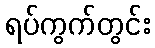
ရပ်ကွက်တွင်း